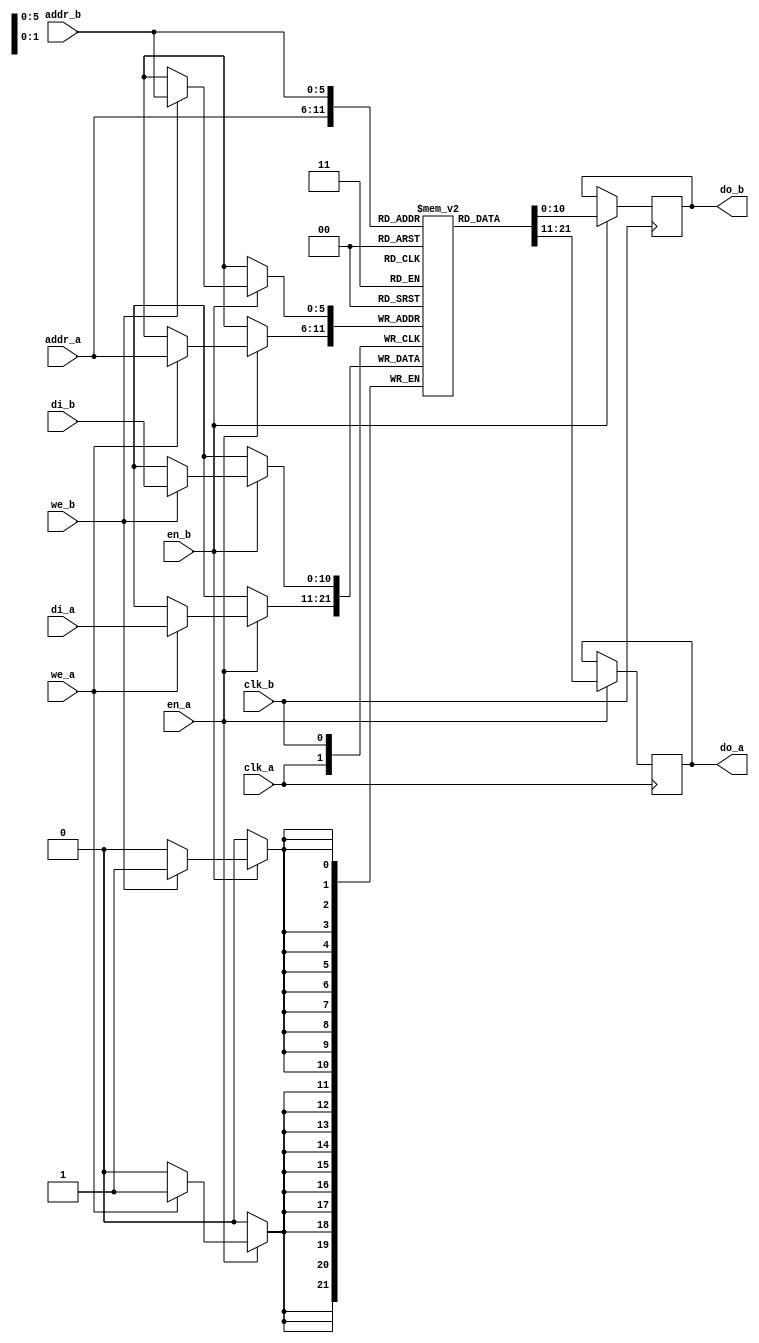

module dpram
  #(parameter width=11)
  (
   input                  clk_a,
   input                  en_a,
   input                  we_a,
   input [5:0]            addr_a,
   input [width-1:0]      di_a,
   output reg [width-1:0] do_a,
   
   input                  clk_b,
   input                  en_b,
   input                  we_b,
   input [5:0]            addr_b,
   input [width-1:0]      di_b,
   output reg [width-1:0] do_b
   );

    reg [width-1:0]       ram [0:63];

    always @(posedge clk_a)
      if (en_a) begin
          if (we_a)
            ram[addr_a] <= di_a;
          do_a <= ram[addr_a];
      end
          
    always @(posedge clk_b)
      if (en_b) begin
          if (we_b)
            ram[addr_b] <= di_b;
          do_b <= ram[addr_b];
      end

endmodule